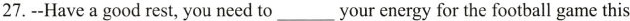
27.--Have a good rest,you need to ___ your rnrrgy for the football game this